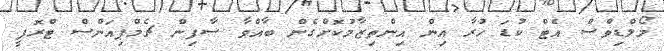
މޯލްޑިވްސް އެޓް ކުޑަ ހުރާ އިން އިންތިޒާމުކޮށްގެން ބާއްވާ ސާފިން ޗެމްޕިއަންސް ޓްރޮފީ